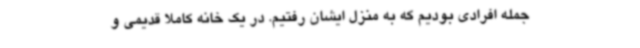
جمله افرادی بودیم که به منزل ایشان رفتیم. در یک خانه کاملا قدیمی و